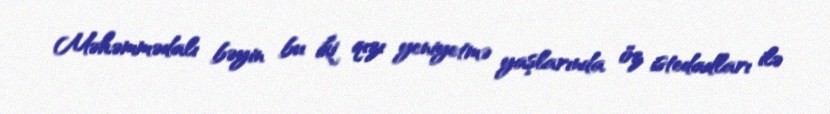
Məhəmmədalı bəyin bu iki qızı yeniyetmə yaşlarında öz istedadları ilə